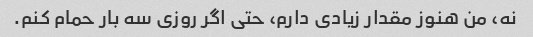
نه، من هنوز مقدار زیادی دارم، حتی اگر روزی سه بار حمام کنم.